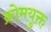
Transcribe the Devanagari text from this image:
क्रोमयुक्त